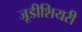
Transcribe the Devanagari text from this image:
जूडीशियरी